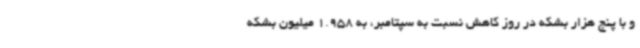
و با پنج هزار بشکه در روز کاهش نسبت به سپتامبر، به 1.958 میلیون بشکه